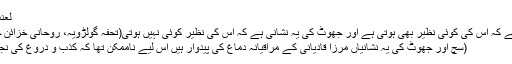
لعنت اللہ علی الکاذبین)
سچ کہ یہی نشانی ہے کہ اس کی کوئی نظیر بھی ہوتی ہے اور جھوٹ کی یہ نشانی ہے کہ اس کی نظیر کوئی نہیں ہوتی(تحفہ گولڑویہ، روحانی خزائن جلد 17 صفحہ 95)
(سچ اور جھوٹ کی یہ نشانیاں مرزا قادیانی کے مراقیانہ دماغ کی پیدوار ہیں اس لیے ناممکن تھا کہ کذب و دروغ کی نجاست سے پاک ہوں۔